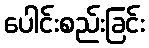
ပေါင်းစည်းခြင်း